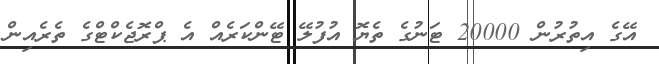
އޭގެ އިތުރުން 20000 ޓަނުގެ ތެޔޮ އުފުލޭ ޓޭންކަރެއް އެ ޕްރޮޖެކްޓްގެ ތެރެއިން